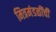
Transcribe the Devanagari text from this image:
मित्रमंडळींची